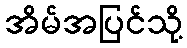
အိမ်အပြင်သို့